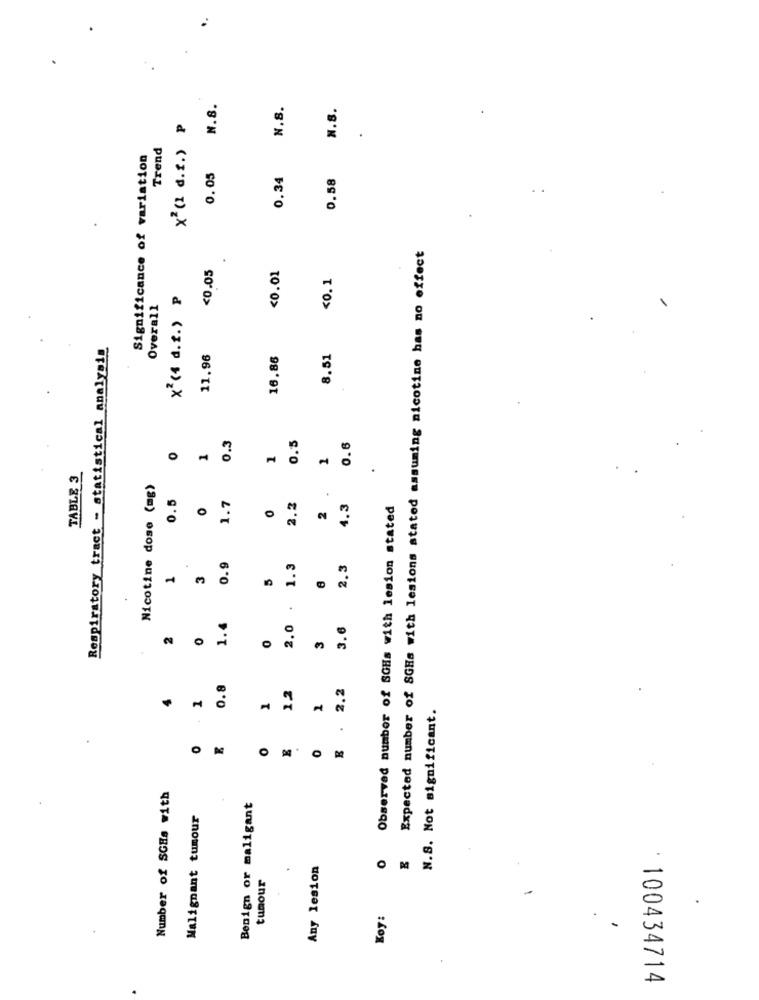
N.8.
N.S.
N.S.
x (1 d.f.) P
Trend
Significance of variation
0.05
0.34
0.58
Expected number of SGHs with lesions stated assuming nicotine has no effect
<0.05
<0.01
<0. 1
x2(4 d.f.) P
Overall
Respiratory tract - statistical analysis
11.96
16.86
8.51
0.3
0.5
0.6
1
TABLE 3
Nicotine dose (mg)
0.5
O
1.7
0
2.3
2
4.3
Observed number of SGHs with lesion stated
0.9
1.3
2.3
3
1.4
2.0
3.6
3
0.8
2.2
1
1
12
N.S. Not significant.
Number of SGHs with
Benign or maligant
Malignant tumour
O
Any lesion
tumour
Koy:
: 100434714